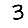
Digit: 3